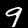
Label: 9